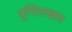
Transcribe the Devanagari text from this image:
वृत्तिलक्षण